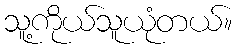
သူ့ကိုယ်သူယုံတယ်။